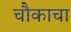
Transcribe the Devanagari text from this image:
चौकाचा